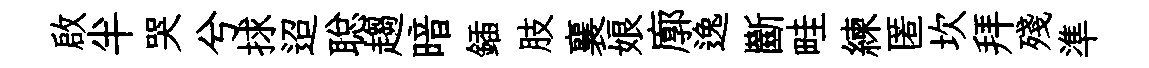
啟半哭兮捄迢聪趨暗鍤肢襄娘廓逸斷畦練匿坎拜殘準